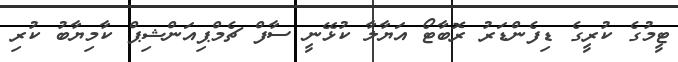
ޓީމުގެ ކުރީގެ ޑިފެންޑަރު ރޮބާޓޯ އަޔާލާ ކުޅޭނީ ސާފް ޗެމްޕިއަންޝިޕް ކާމިޔާބު ކުރި